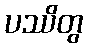
ပဿိတွ